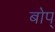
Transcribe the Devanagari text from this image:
बोप्